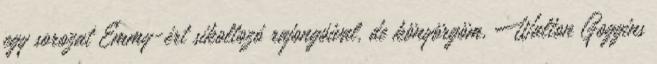
egy sorozat Emmy-ért sikoltozó rajongóival, de könyörgöm, Walton Goggins